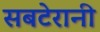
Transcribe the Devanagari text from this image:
सबटेरानी